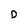
Character: D